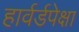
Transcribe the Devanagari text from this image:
हार्वर्डपेक्षा